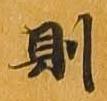
則